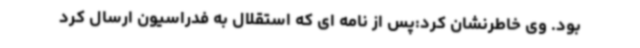
بود. وی خاطرنشان کرد:پس از نامه ای که استقلال به فدراسیون ارسال کرد